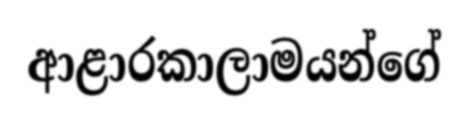
ආළාරකාලාමයන්ගේ